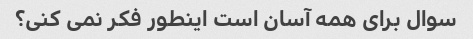
سوال برای همه آسان است اینطور فکر نمی کنی؟